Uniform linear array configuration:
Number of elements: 4
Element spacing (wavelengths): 0.25
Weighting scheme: uniform
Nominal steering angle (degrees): -60
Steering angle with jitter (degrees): -58.291
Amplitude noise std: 0.05
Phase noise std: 0.05

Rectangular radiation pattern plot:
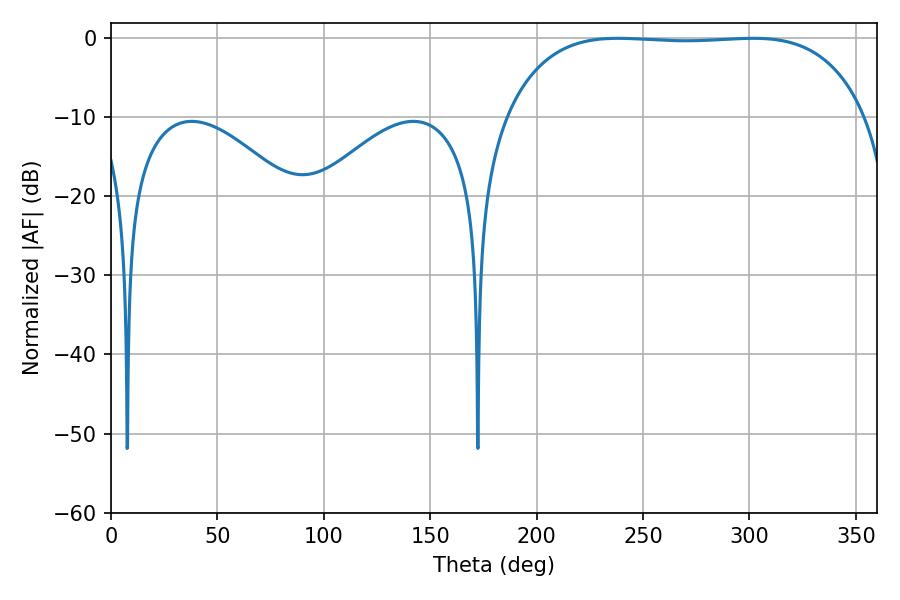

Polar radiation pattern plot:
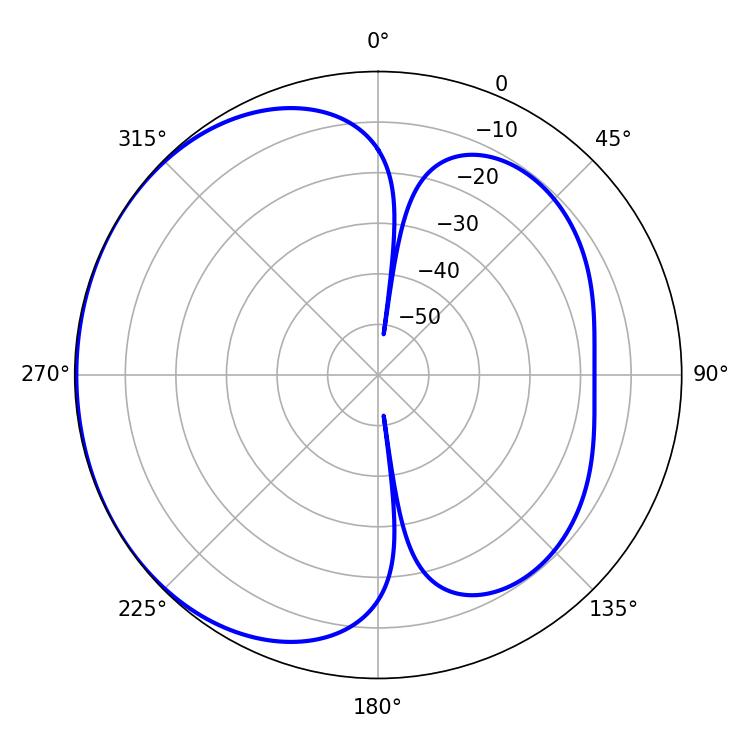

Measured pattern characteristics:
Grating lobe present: FALSE
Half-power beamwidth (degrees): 132.84
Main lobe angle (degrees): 238.14